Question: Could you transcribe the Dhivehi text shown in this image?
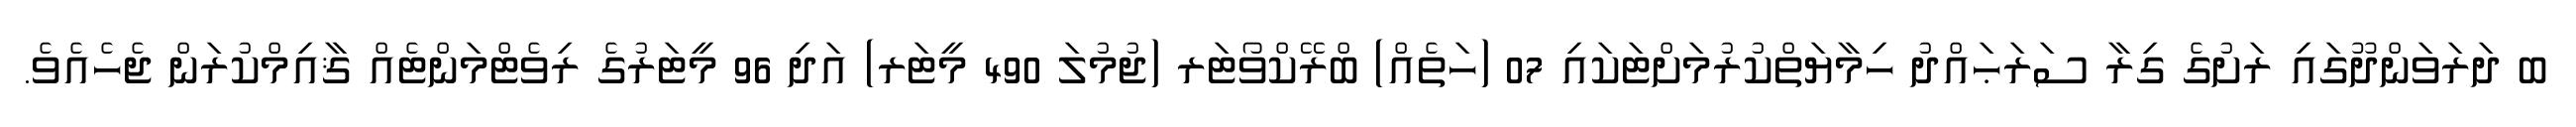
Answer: ބ ދަރަވަންދޫގައި ރަށުގެ ގިރާ ސަރަޙައްދު ހިމާޔަތްކުރުމަށްޓަކައި 07 (ހަތެއް) ބްރޭކްވޯޓަރ (ޖުމުލަ 490 މީޓަރ) އަދި 96 މީޓަރުގެ ރިވެޓްމަންޓެއް ޤާއިމްކުރަން ޖެހެއެވެ.